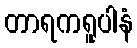
တာရကရူပါနံ